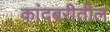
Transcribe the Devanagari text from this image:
कांदबरीतील